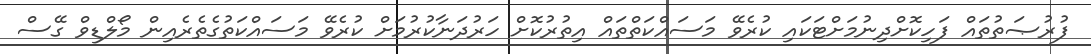
ފުރުޞަތުތައް ފަހިކޮށްދިނުމަށްޓަކައި ކުރެވޭ މަސައްކަތްތައް އިތުރުކޮށް ހަރުދަނާކުރުމަށް ކުރެވޭ މަސައްކަތުގެތެރެއިން މޯލްޑިވް ގޭސް